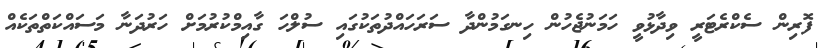
ފޮރިން ސެކްރެޓަރީ ވިދާޅުވީ ހަމަނުޖެހުން ހިނގަމުންދާ ސަރަހައްދުތަކުގައި ސުލްހަ ގާއިމްކުރުމަށް ހަރުދަނާ މަސައްކަތްތަކެއް